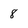
Character: 8